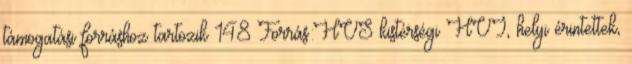
támogatási forráshoz tartozik 148 Forrás:HVS kistérségi HVI, helyi érintettek,